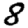
Digit: 8